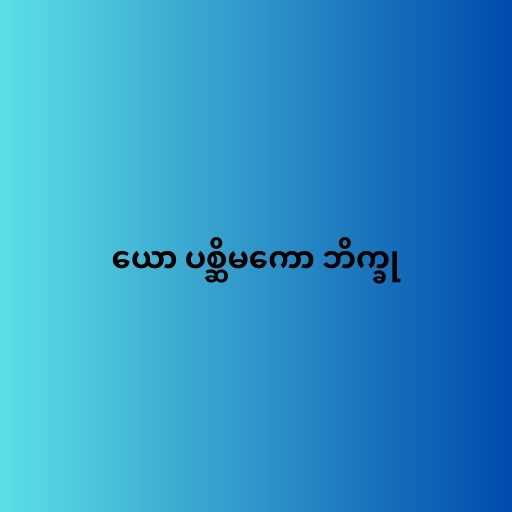
ယော ပစ္ဆိမကော ဘိက္ခု